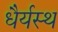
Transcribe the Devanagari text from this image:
धैर्यस्थ